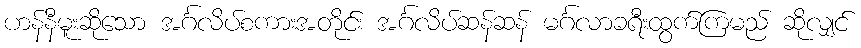
ဟန်နီမူးဆိုသော အင်္ဂလိပ်စကားအတိုင်း အင်္ဂလိပ်ဆန်ဆန် မင်္ဂလာခရီးထွက်ကြမည် ဆိုလျှင်